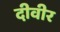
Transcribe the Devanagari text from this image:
दीवीर